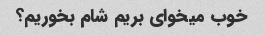
خوب میخوای بریم شام بخوریم؟